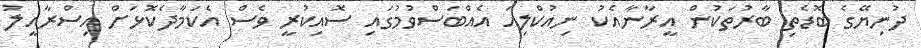
ދުނިޔޭގެ ބޮޑެތި ބާރުތަކުން އީރާނާއެކު ނިއުކްލިއަ އެއްބަސްވުމުގައި ސޮއިކުރީ ވެސް އެކަމާދެކޮޅަށް އިސްރާއީލު